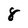
Character: 8